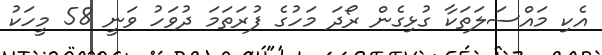
އެކި މައްސަލަތަކާ ގުޅިގެން ރޯދަ މަހުގެ ފުރަތަމަ ދުވަހު ވަނީ 58 މީހަކު